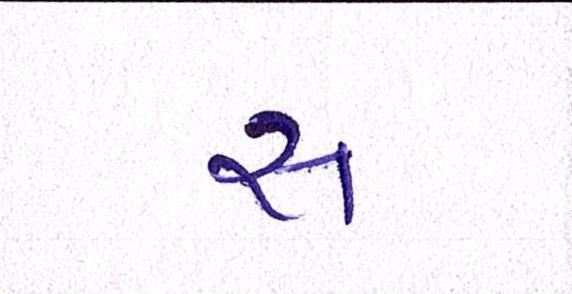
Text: સ